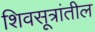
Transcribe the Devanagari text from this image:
शिवसूत्रांतील